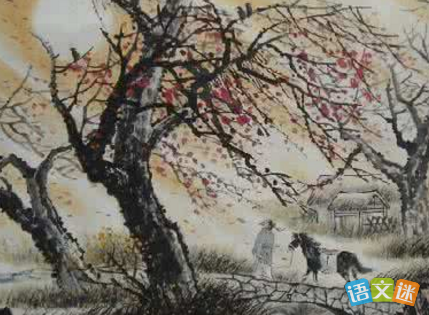
子规啼，不如归，道是春归人未归。